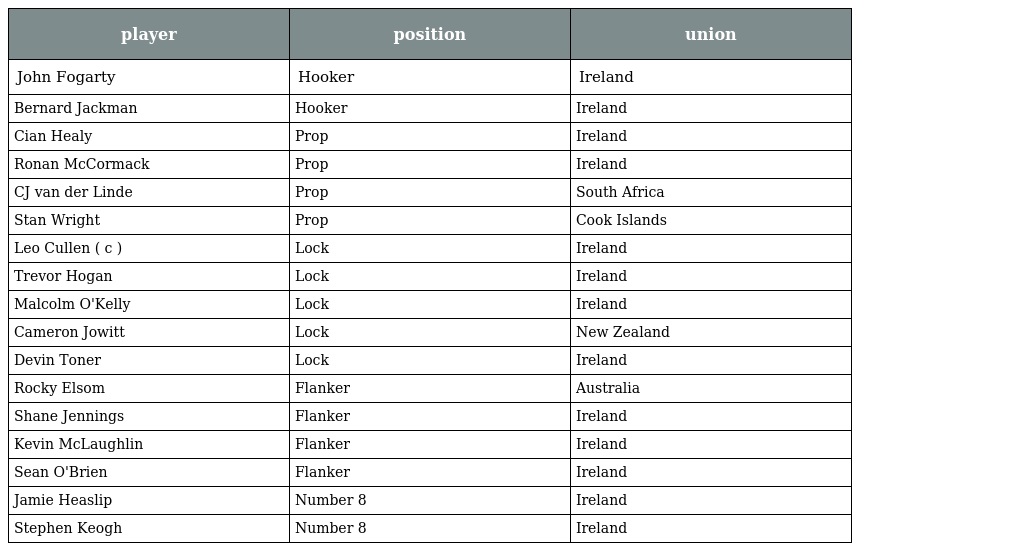
| player | position | union |
 | --- | --- | --- |
 | John Fogarty | Hooker | Ireland |
 | Bernard Jackman | Hooker | Ireland |
 | Cian Healy | Prop | Ireland |
 | Ronan McCormack | Prop | Ireland |
 | CJ van der Linde | Prop | South Africa |
 | Stan Wright | Prop | Cook Islands |
 | Leo Cullen ( c ) | Lock | Ireland |
 | Trevor Hogan | Lock | Ireland |
 | Malcolm O'Kelly | Lock | Ireland |
 | Cameron Jowitt | Lock | New Zealand |
 | Devin Toner | Lock | Ireland |
 | Rocky Elsom | Flanker | Australia |
 | Shane Jennings | Flanker | Ireland |
 | Kevin McLaughlin | Flanker | Ireland |
 | Sean O'Brien | Flanker | Ireland |
 | Jamie Heaslip | Number 8 | Ireland |
 | Stephen Keogh | Number 8 | Ireland |